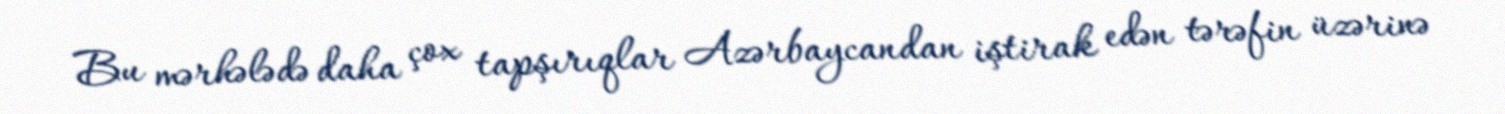
Bu mərhələdə daha çox tapşırıqlar Azərbaycandan iştirak edən tərəfin üzərinə